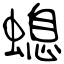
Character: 螅